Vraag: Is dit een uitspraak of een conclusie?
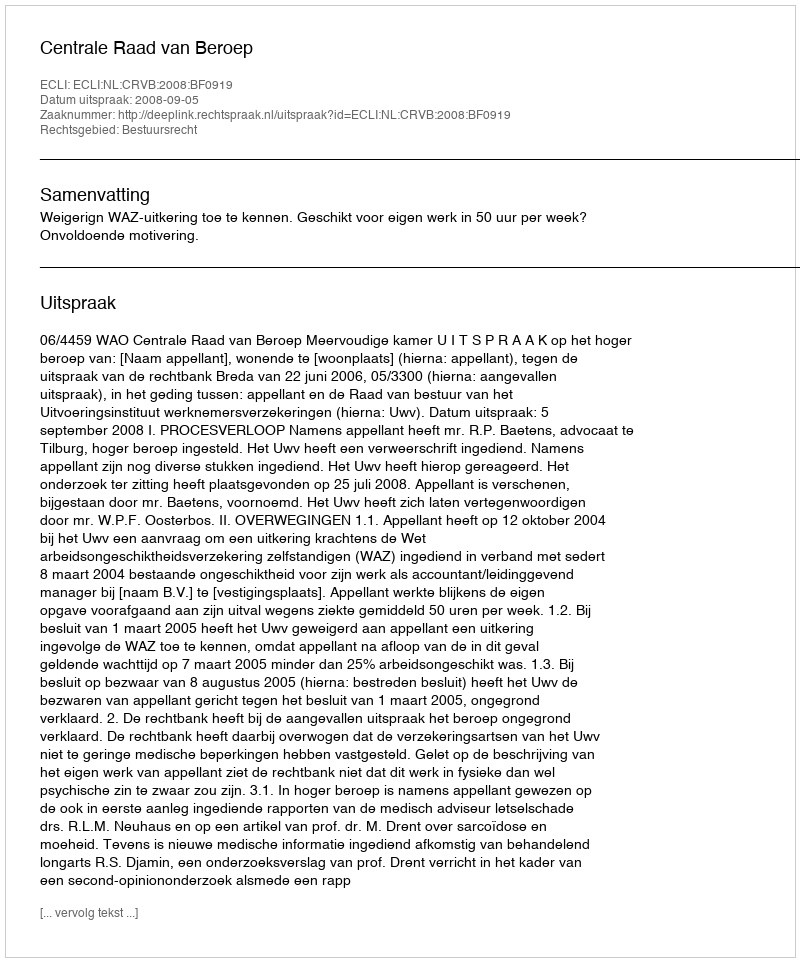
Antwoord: Uitspraak